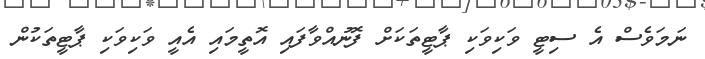
ނަމަވެސް އެ ސިޓީ ވަކިވަކި ޕާޓީތަކަށް ފޮނުއްވާފައި އޮތީމައި އެއީ ވަކިވަކި ޕާޓީތަކުން